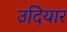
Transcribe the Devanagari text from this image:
उदियार